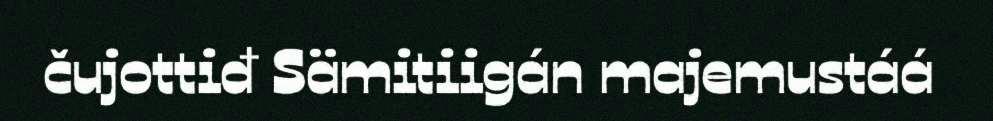
čujottiđ Sämitiigán majemustáá